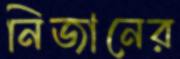
নিজানের